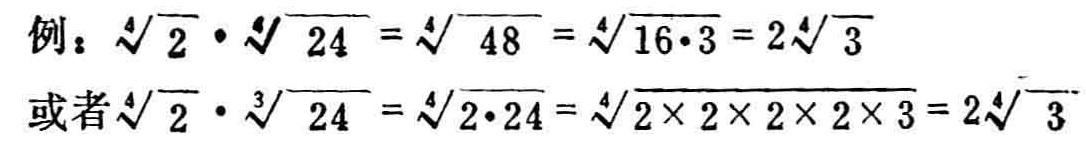
例：$\sqrt[4]{2}\cdot\sqrt[4]{24}=\sqrt[4]{48}=\sqrt[4]{16\cdot3}=2\sqrt[4]{3}$
或者$\sqrt[4]{2}\cdot\sqrt[4]{24}=\sqrt[4]{2\cdot24}=\sqrt[4]{2\times2\times2\times2\times3}=2\sqrt[4]{3}$